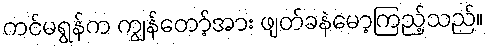
ကင်မရွန်က ကျွန်တော့်အား ဖျတ်ခနဲမော့ကြည့်သည်။